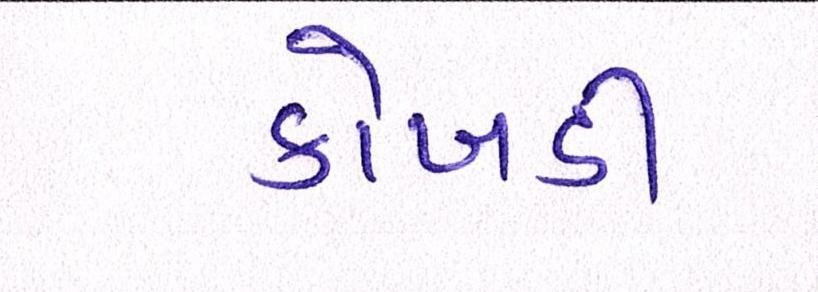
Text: કોબડી